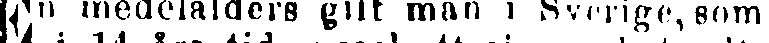
En medelålders gift man i Sverige, som